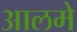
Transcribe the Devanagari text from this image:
आलमे